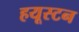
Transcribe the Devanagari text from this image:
हयूस्टन